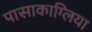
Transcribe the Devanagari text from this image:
पासाकाग्लिया